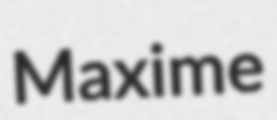
Maxime